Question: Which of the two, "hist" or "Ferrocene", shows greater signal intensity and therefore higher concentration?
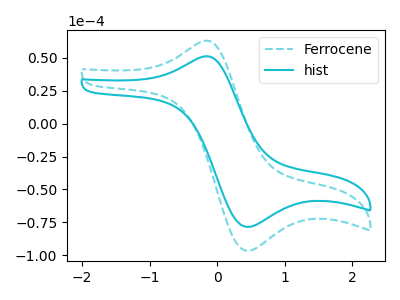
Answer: <think>The cyan dashed curve "Ferrocene" has an anodic peak at (-0.20V, 62.85uA) and a cathodic peak at (0.45V, -96.50uA). The cyan curve "hist" has an anodic peak at (-0.20V, 51.05uA) and a cathodic peak at (0.45V, -78.40uA).
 All the peaks in "hist" have a peak in "Ferrocene" at the same potential. Every peak in "hist" is lower than every peak in "Ferrocene".</think>
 <answer>"hist" has less signal than "Ferrocene" and so likely has a lower concentration.</answer>
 <eval>less_concentration</eval>